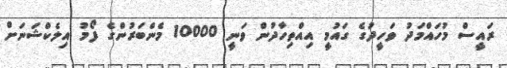
ރައީސް މުހައްމަދު ވަހީދުގެ ގައުމީ އިއްތިހާދުން ވަނީ 10000 މެންބަރުންގެ ފޯމު އިލެކްޝަނަށް